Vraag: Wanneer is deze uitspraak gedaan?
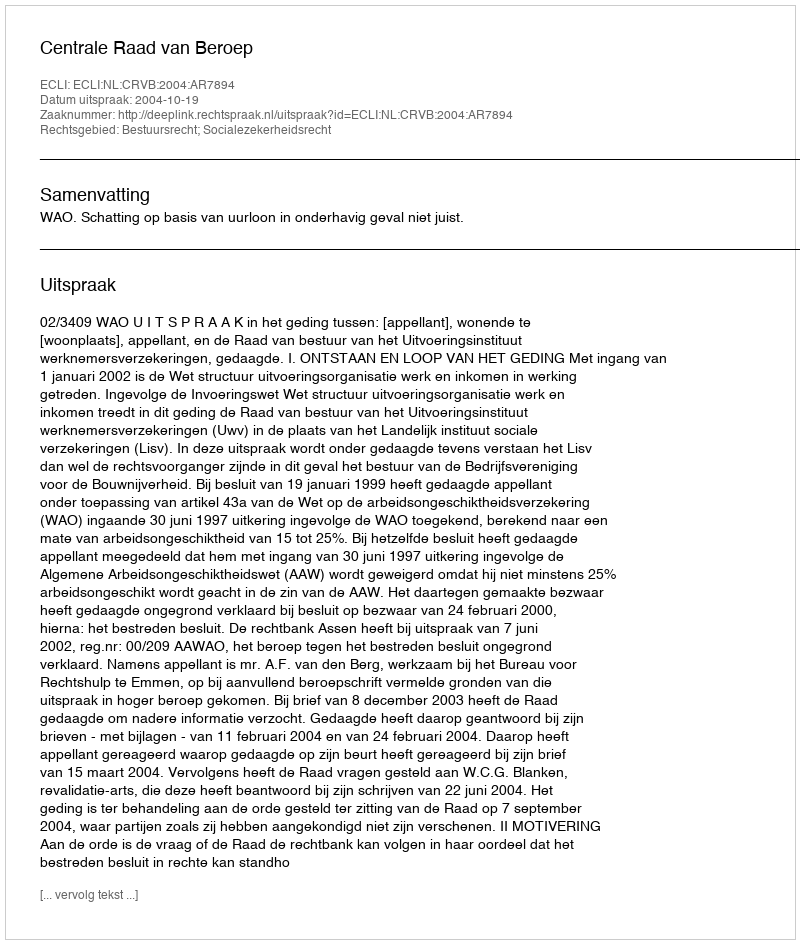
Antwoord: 2004-10-19